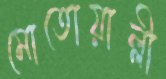
মোতোয়াল্লী